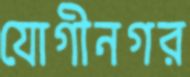
যোগীনগর